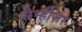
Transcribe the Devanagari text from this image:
सेन्हीज़र